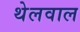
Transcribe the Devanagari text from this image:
थेलवाल